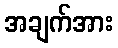
အချက်အား